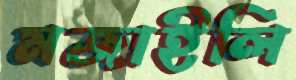
মজাইলি